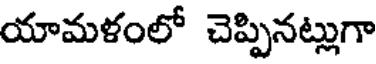
యామళంలో చెప్పినట్లుగా